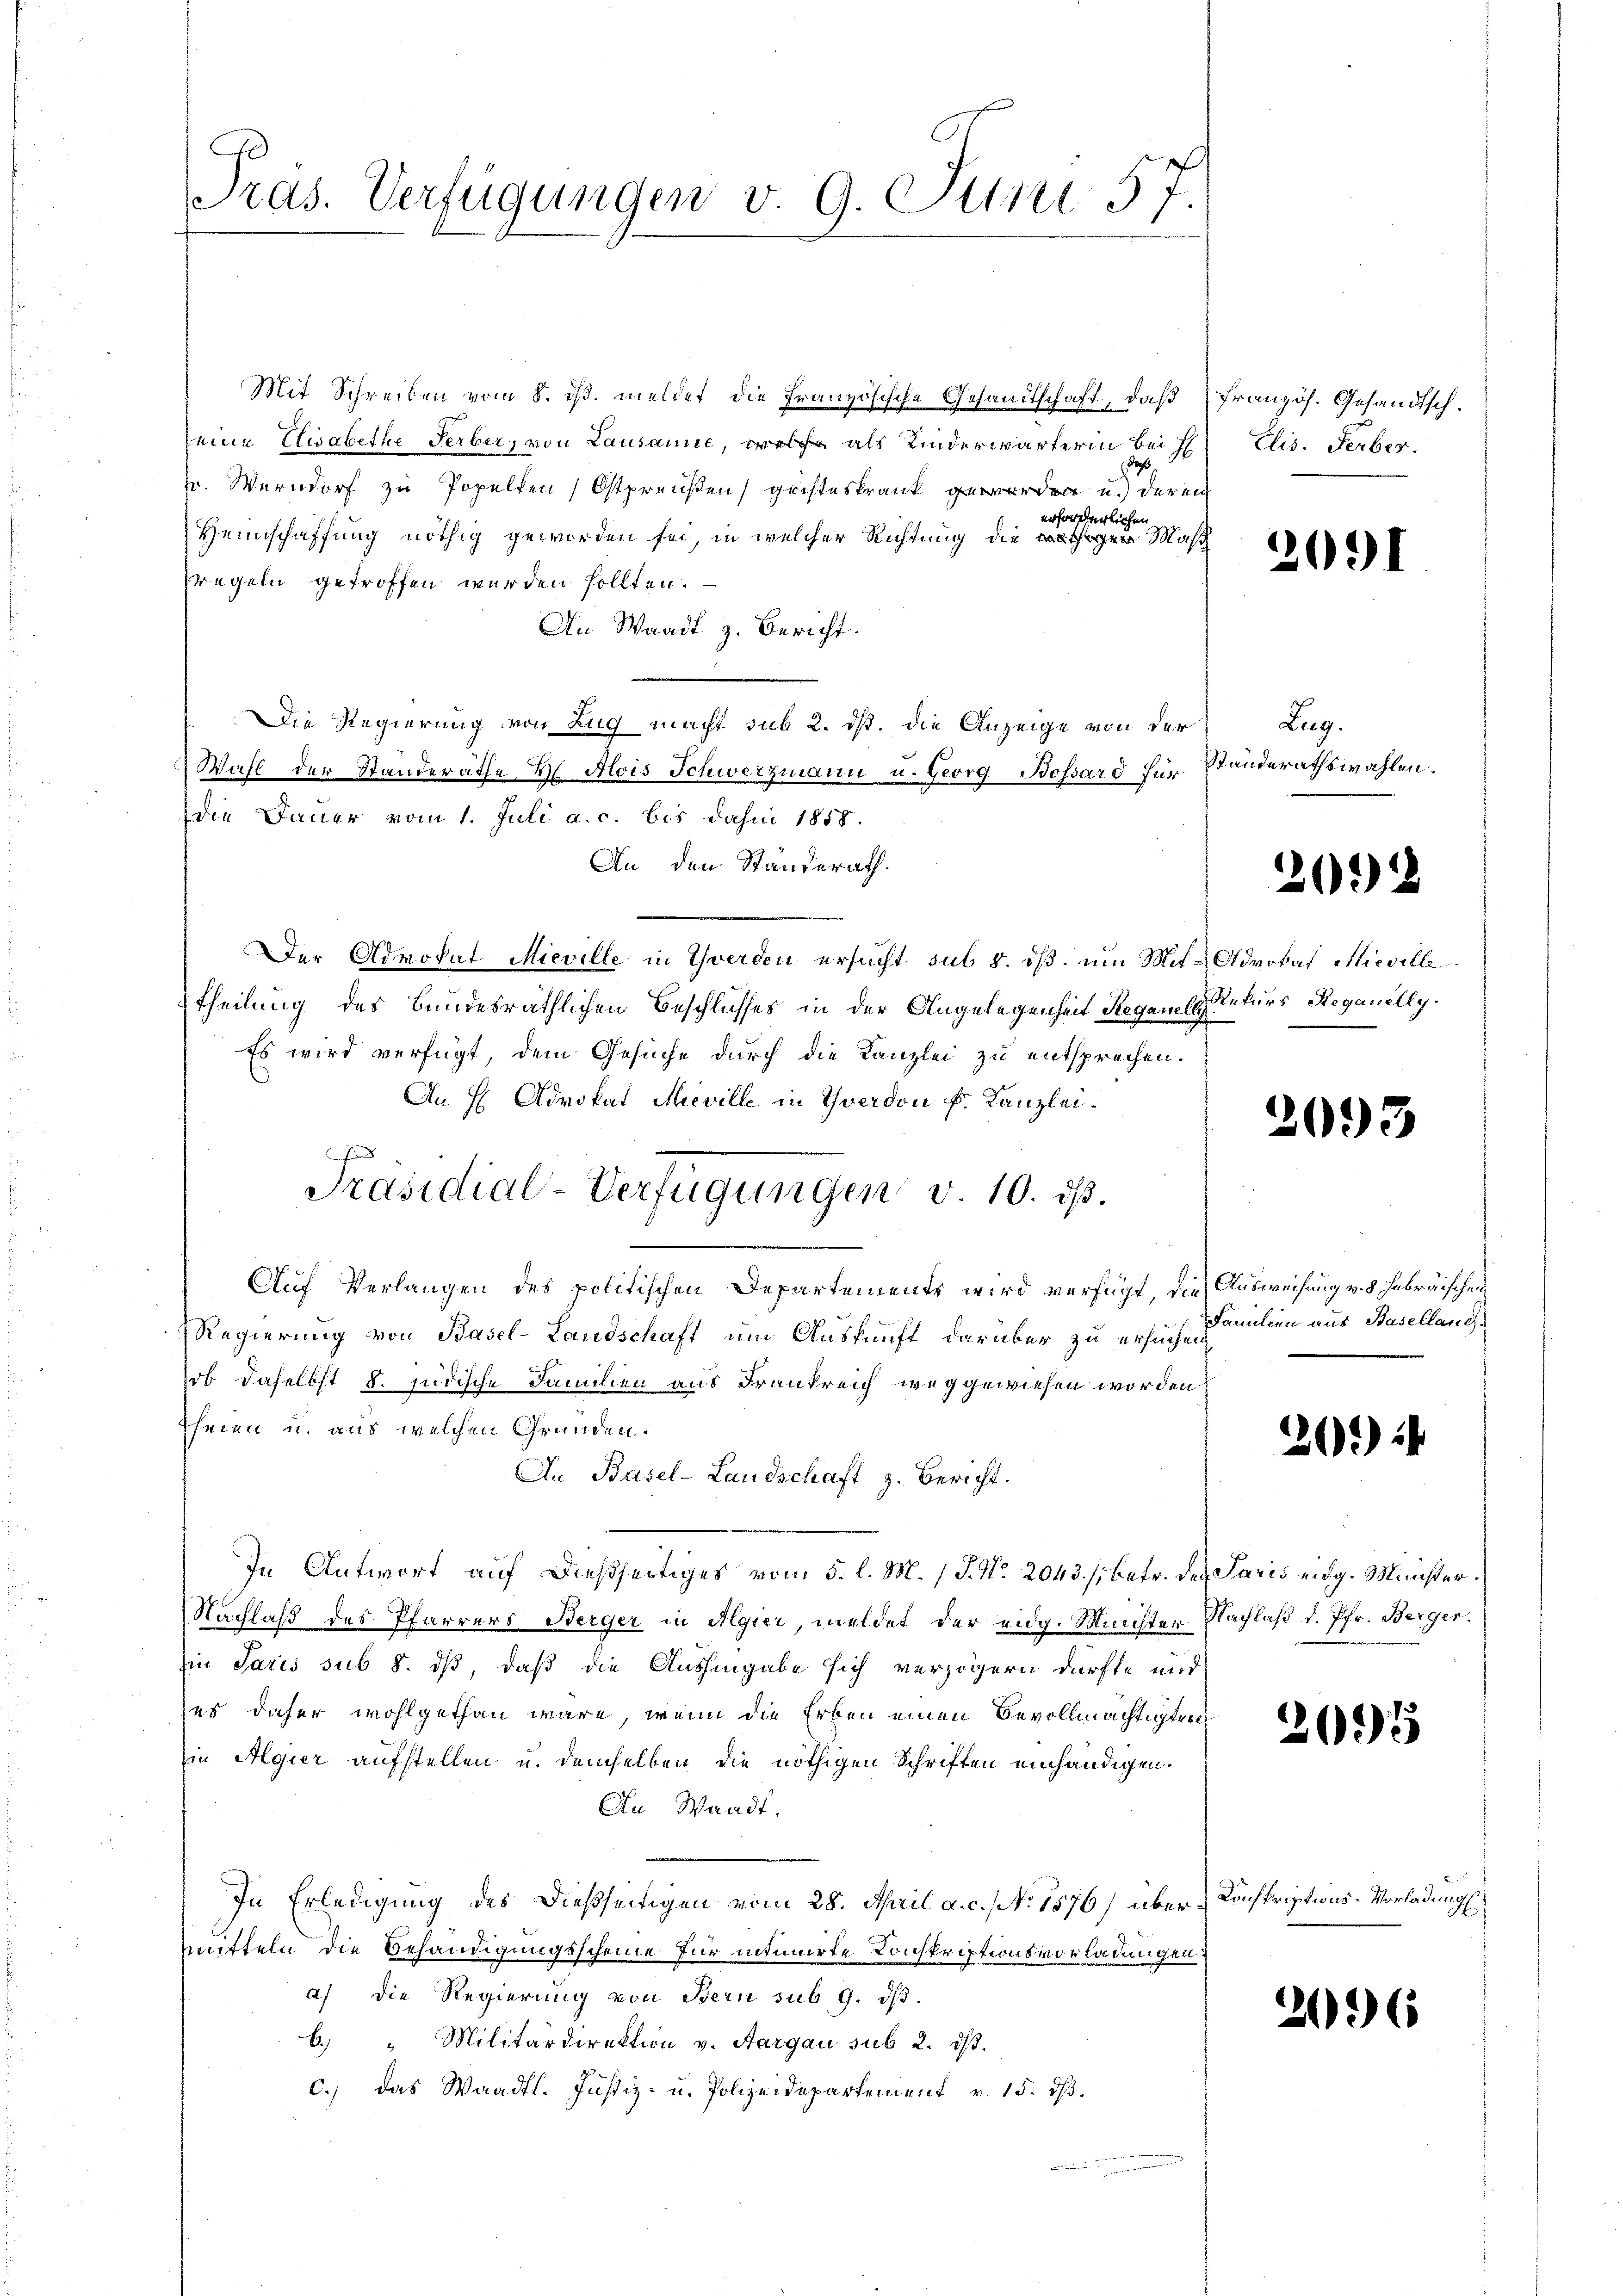
Pras. Verfügungen v. 9. Juni 57

Mit Schreiben vom 8. ds. meldet die Französische Gesandtschaft, daß französ. Gesandtsch-
seine Elisabethe Serber, von Lausanne, welche als Kinderwärterin bei H
de
r. Werndorf zu Popelten (Ostpreußen geisteskrank geworden u. der en
erforderlichen.
Heimschaffung nöthig geworden sei, in welcher Richtung die tigen Masch
regeln getroffen werden sollten.
An Waadt z. Bericht.
Die Regierung von Zug macht sub 2. ds. die Anzeige von der
Wahl der Standeräthe  Alois Schwerzmann u. Georg Bossard für
die Dauer vom 1. Juli a. c. bis dahin 1858.
An den Standerath.
Der Advokat Mieville in Gwerden ersucht sub 5. dß. um Mit-Advokat Micille
theilung des Bundesräthlichen Beschlusses in der Angelegenheit Regale Rekurs Reganelly.
Es wird verfügt, dem Gesuche durch die Kanzlei zu entsprechen.
An H Advokat Meville in Yverdon k. Kanzlei.
Auf Verlangen des politischen Departements wird verfügt, die Ausweisung v. 5. Febräischen
Regierung von Basel-Landschaft um Auskunft darüber zu ersuchen
ob daselbst 8. jüdische Familien aus Frankreich weggewiesen worden,
theien u. aus welchen Gründen.
An Basel-Landschaft z. Bericht.
In Antwort auf dießseitiges vom 5. l. M. / P. Nr. 2043. /: betr. des Paris eidg. Minister¬
Nachlaß des Pfarrers Berger in Algier, meldet der eidg. Meichter Nachlaß d. Pfr. Berger¬
Ein Paris sub 8. dß, daß die Aushingabe sich verzögern dürfte und
es daher wohlgethan wäre, wenn die Erben einen Bevollmächtigten
in Algier aufstellen u. demselben die nöthigen Schriften einhändigen.
An Waadt.
In Erledigung des dießseitigen vom 28. April a. c. No. 1576) übermitteln die Behändigungsscheine für intimirte Konskriptionsvorladungen,
a) die Regierung von Bern sub 9. dβ.
b.) " Militärdirektion v. Aargau sub 2. ds.
C.) Das Waadt. Justiz- u. Polizeidepartement v. 15. dβ.

n
Präsidial-Verfügungen v. 10. ds.

Elis. Ferber.

2091

Lag.
Standerathswahlen.

20)

2093

Familien aus Baselland.

2)

2095

Konskriptions-Vorladungs

2096